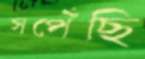
সপেঁছি